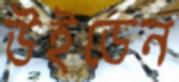
উইডেন